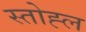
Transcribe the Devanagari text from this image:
स्तोह्ल